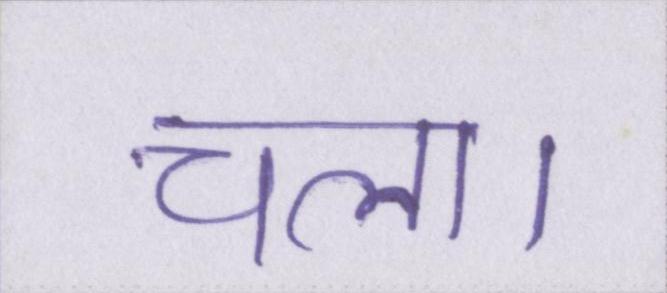
चला।